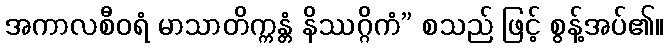
အကာလစီဝရံ မာသာတိက္ကန္တံ နိဿဂ္ဂိကံ” စသည် ဖြင့် စွန့်အပ်၏။